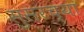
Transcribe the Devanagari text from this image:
सुसरच्या